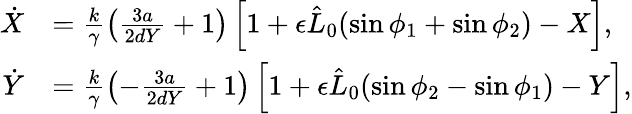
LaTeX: \begin{array}{rl}{\dot{X}}&{=\frac{k}{\gamma}\left(\frac{3a}{2dY}+1\right)\left[1+\epsilon\hat{L}_{0}(\sin{\phi_{1}}+\sin{\phi_{2}})-X\right],}\\ {\dot{Y}}&{=\frac{k}{\gamma}\left(-\frac{3a}{2dY}+1\right)\left[1+\epsilon\hat{L}_{0}(\sin{\phi_{2}}-\sin{\phi_{1}})-Y\right],}\end{array}